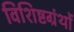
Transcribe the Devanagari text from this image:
विशिष्टग्रंथों